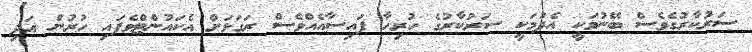
ސަރުކާރުގެވެސް ބޭނުމަކީ އެދުމަކީ ސަރުކާރުގެ ހުރިހާ ފައިސާއެއްވެސް ރަގަޅަށް އެކައުންޓްވެފައި ހުރުން އަދި